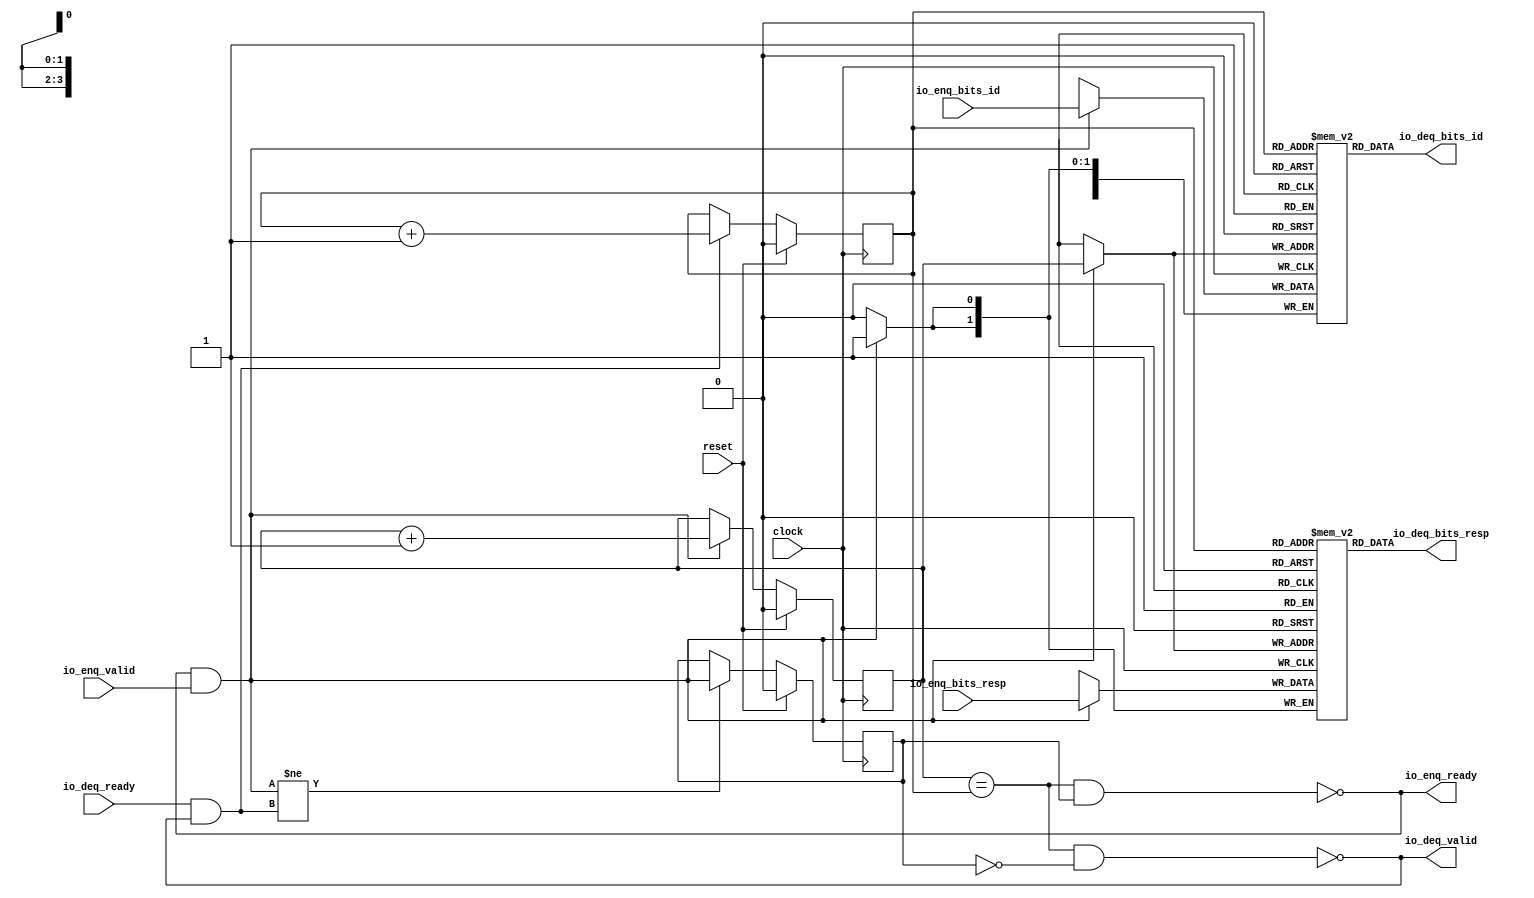
// Copyright (c) 2017, Microsemi Corporation
// All rights reserved.
//
// Redistribution and use in source and binary forms, with or without
// modification, are permitted provided that the following conditions are met:
//     * Redistributions of source code must retain the above copyright
//       notice, this list of conditions and the following disclaimer.
//     * Redistributions in binary form must reproduce the above copyright
//       notice, this list of conditions and the following disclaimer in the
//       documentation and/or other materials provided with the distribution.
//     * Neither the name of the <organization> nor the
//       names of its contributors may be used to endorse or promote products
//       derived from this software without specific prior written permission.
//
// THIS SOFTWARE IS PROVIDED BY THE COPYRIGHT HOLDERS AND CONTRIBUTORS "AS IS" AND
// ANY EXPRESS OR IMPLIED WARRANTIES, INCLUDING, BUT NOT LIMITED TO, THE IMPLIED
// WARRANTIES OF MERCHANTABILITY AND FITNESS FOR A PARTICULAR PURPOSE ARE
// DISCLAIMED. IN NO EVENT SHALL MICROSEMI CORPORATIONM BE LIABLE FOR ANY
// DIRECT, INDIRECT, INCIDENTAL, SPECIAL, EXEMPLARY, OR CONSEQUENTIAL DAMAGES
// (INCLUDING, BUT NOT LIMITED TO, PROCUREMENT OF SUBSTITUTE GOODS OR SERVICES;
// LOSS OF USE, DATA, OR PROFITS; OR BUSINESS INTERRUPTION) HOWEVER CAUSED AND
// ON ANY THEORY OF LIABILITY, WHETHER IN CONTRACT, STRICT LIABILITY, OR TORT
// (INCLUDING NEGLIGENCE OR OTHERWISE) ARISING IN ANY WAY OUT OF THE USE OF THIS
// SOFTWARE, EVEN IF ADVISED OF THE POSSIBILITY OF SUCH DAMAGE.
//
// APACHE LICENSE
// Copyright (c) 2017, Microsemi Corporation 
//
// Licensed under the Apache License, Version 2.0 (the "License");
// you may not use this file except in compliance with the License.
// You may obtain a copy of the License at
//
//    http://www.apache.org/licenses/LICENSE-2.0
//
// Unless required by applicable law or agreed to in writing, software
// distributed under the License is distributed on an "AS IS" BASIS,
// WITHOUT WARRANTIES OR CONDITIONS OF ANY KIND, either express or implied.
// See the License for the specific language governing permissions and
// limitations under the License.
//
// Description:
//
// SVN Revision Information:
// SVN $Revision: $
// SVN $Date: $
//
// Resolved SARs
// SAR      Date     Who   Description
//
// Notes:
//
// ****************************************************************************/
`ifndef RANDOMIZE_REG_INIT 
	 `define RANDOMIZE_REG_INIT 
 `endif
`ifndef RANDOMIZE_MEM_INIT 
	 `define RANDOMIZE_MEM_INIT 
 `endif
`ifndef RANDOMIZE 
	 `define RANDOMIZE 
`endif

`timescale 1ns/10ps
module MiV_AXI_MiV_AXI_0_MIV_RV32IMA_L1_AXI_QUEUE_30( // @[:freechips.rocketchip.system.MivRV32ImaL1AhbConfig.fir@113674.2]
  input        clock, // @[:freechips.rocketchip.system.MivRV32ImaL1AhbConfig.fir@113675.4]
  input        reset, // @[:freechips.rocketchip.system.MivRV32ImaL1AhbConfig.fir@113676.4]
  output       io_enq_ready, // @[:freechips.rocketchip.system.MivRV32ImaL1AhbConfig.fir@113677.4]
  input        io_enq_valid, // @[:freechips.rocketchip.system.MivRV32ImaL1AhbConfig.fir@113677.4]
  input  [3:0] io_enq_bits_id, // @[:freechips.rocketchip.system.MivRV32ImaL1AhbConfig.fir@113677.4]
  input  [1:0] io_enq_bits_resp, // @[:freechips.rocketchip.system.MivRV32ImaL1AhbConfig.fir@113677.4]
  input        io_deq_ready, // @[:freechips.rocketchip.system.MivRV32ImaL1AhbConfig.fir@113677.4]
  output       io_deq_valid, // @[:freechips.rocketchip.system.MivRV32ImaL1AhbConfig.fir@113677.4]
  output [3:0] io_deq_bits_id, // @[:freechips.rocketchip.system.MivRV32ImaL1AhbConfig.fir@113677.4]
  output [1:0] io_deq_bits_resp // @[:freechips.rocketchip.system.MivRV32ImaL1AhbConfig.fir@113677.4]
);
  reg [3:0] ram_id [0:1] /* synthesis syn_ramstyle = "registers" */; // @[Decoupled.scala 211:24:freechips.rocketchip.system.MivRV32ImaL1AhbConfig.fir@113679.4]
  reg [31:0] _RAND_0;
  wire [3:0] ram_id__T_50_data; // @[Decoupled.scala 211:24:freechips.rocketchip.system.MivRV32ImaL1AhbConfig.fir@113679.4]
  wire  ram_id__T_50_addr; // @[Decoupled.scala 211:24:freechips.rocketchip.system.MivRV32ImaL1AhbConfig.fir@113679.4]
  wire [3:0] ram_id__T_36_data; // @[Decoupled.scala 211:24:freechips.rocketchip.system.MivRV32ImaL1AhbConfig.fir@113679.4]
  wire  ram_id__T_36_addr; // @[Decoupled.scala 211:24:freechips.rocketchip.system.MivRV32ImaL1AhbConfig.fir@113679.4]
  wire  ram_id__T_36_mask; // @[Decoupled.scala 211:24:freechips.rocketchip.system.MivRV32ImaL1AhbConfig.fir@113679.4]
  wire  ram_id__T_36_en; // @[Decoupled.scala 211:24:freechips.rocketchip.system.MivRV32ImaL1AhbConfig.fir@113679.4]
  reg [1:0] ram_resp [0:1] /* synthesis syn_ramstyle = "registers" */; // @[Decoupled.scala 211:24:freechips.rocketchip.system.MivRV32ImaL1AhbConfig.fir@113679.4]
  reg [31:0] _RAND_1;
  wire [1:0] ram_resp__T_50_data; // @[Decoupled.scala 211:24:freechips.rocketchip.system.MivRV32ImaL1AhbConfig.fir@113679.4]
  wire  ram_resp__T_50_addr; // @[Decoupled.scala 211:24:freechips.rocketchip.system.MivRV32ImaL1AhbConfig.fir@113679.4]
  wire [1:0] ram_resp__T_36_data; // @[Decoupled.scala 211:24:freechips.rocketchip.system.MivRV32ImaL1AhbConfig.fir@113679.4]
  wire  ram_resp__T_36_addr; // @[Decoupled.scala 211:24:freechips.rocketchip.system.MivRV32ImaL1AhbConfig.fir@113679.4]
  wire  ram_resp__T_36_mask; // @[Decoupled.scala 211:24:freechips.rocketchip.system.MivRV32ImaL1AhbConfig.fir@113679.4]
  wire  ram_resp__T_36_en; // @[Decoupled.scala 211:24:freechips.rocketchip.system.MivRV32ImaL1AhbConfig.fir@113679.4]
  reg  value; // @[Counter.scala 26:33:freechips.rocketchip.system.MivRV32ImaL1AhbConfig.fir@113680.4]
  reg [31:0] _RAND_2;
  reg  value_1; // @[Counter.scala 26:33:freechips.rocketchip.system.MivRV32ImaL1AhbConfig.fir@113681.4]
  reg [31:0] _RAND_3;
  reg  maybe_full; // @[Decoupled.scala 214:35:freechips.rocketchip.system.MivRV32ImaL1AhbConfig.fir@113682.4]
  reg [31:0] _RAND_4;
  wire  _T_28; // @[Decoupled.scala 216:41:freechips.rocketchip.system.MivRV32ImaL1AhbConfig.fir@113683.4]
  wire  _T_30; // @[Decoupled.scala 217:36:freechips.rocketchip.system.MivRV32ImaL1AhbConfig.fir@113684.4]
  wire  empty; // @[Decoupled.scala 217:33:freechips.rocketchip.system.MivRV32ImaL1AhbConfig.fir@113685.4]
  wire  _T_31; // @[Decoupled.scala 218:32:freechips.rocketchip.system.MivRV32ImaL1AhbConfig.fir@113686.4]
  wire  do_enq; // @[Decoupled.scala 30:37:freechips.rocketchip.system.MivRV32ImaL1AhbConfig.fir@113687.4]
  wire  do_deq; // @[Decoupled.scala 30:37:freechips.rocketchip.system.MivRV32ImaL1AhbConfig.fir@113690.4]
  wire [1:0] _T_39; // @[Counter.scala 35:22:freechips.rocketchip.system.MivRV32ImaL1AhbConfig.fir@113698.6]
  wire  _T_40; // @[Counter.scala 35:22:freechips.rocketchip.system.MivRV32ImaL1AhbConfig.fir@113699.6]
  wire  _GEN_5; // @[Decoupled.scala 222:17:freechips.rocketchip.system.MivRV32ImaL1AhbConfig.fir@113693.4]
  wire [1:0] _T_43; // @[Counter.scala 35:22:freechips.rocketchip.system.MivRV32ImaL1AhbConfig.fir@113704.6]
  wire  _T_44; // @[Counter.scala 35:22:freechips.rocketchip.system.MivRV32ImaL1AhbConfig.fir@113705.6]
  wire  _GEN_6; // @[Decoupled.scala 226:17:freechips.rocketchip.system.MivRV32ImaL1AhbConfig.fir@113702.4]
  wire  _T_45; // @[Decoupled.scala 229:16:freechips.rocketchip.system.MivRV32ImaL1AhbConfig.fir@113708.4]
  wire  _GEN_7; // @[Decoupled.scala 229:27:freechips.rocketchip.system.MivRV32ImaL1AhbConfig.fir@113709.4]
  wire  _T_47; // @[Decoupled.scala 233:19:freechips.rocketchip.system.MivRV32ImaL1AhbConfig.fir@113712.4]
  wire  _T_49; // @[Decoupled.scala 234:19:freechips.rocketchip.system.MivRV32ImaL1AhbConfig.fir@113714.4]
  assign ram_id__T_50_addr = value_1;
  assign ram_id__T_50_data = ram_id[ram_id__T_50_addr]; // @[Decoupled.scala 211:24:freechips.rocketchip.system.MivRV32ImaL1AhbConfig.fir@113679.4]
  assign ram_id__T_36_data = io_enq_bits_id;
  assign ram_id__T_36_addr = value;
  assign ram_id__T_36_mask = do_enq;
  assign ram_id__T_36_en = do_enq;
  assign ram_resp__T_50_addr = value_1;
  assign ram_resp__T_50_data = ram_resp[ram_resp__T_50_addr]; // @[Decoupled.scala 211:24:freechips.rocketchip.system.MivRV32ImaL1AhbConfig.fir@113679.4]
  assign ram_resp__T_36_data = io_enq_bits_resp;
  assign ram_resp__T_36_addr = value;
  assign ram_resp__T_36_mask = do_enq;
  assign ram_resp__T_36_en = do_enq;
  assign _T_28 = value == value_1; // @[Decoupled.scala 216:41:freechips.rocketchip.system.MivRV32ImaL1AhbConfig.fir@113683.4]
  assign _T_30 = maybe_full == 1'h0; // @[Decoupled.scala 217:36:freechips.rocketchip.system.MivRV32ImaL1AhbConfig.fir@113684.4]
  assign empty = _T_28 & _T_30; // @[Decoupled.scala 217:33:freechips.rocketchip.system.MivRV32ImaL1AhbConfig.fir@113685.4]
  assign _T_31 = _T_28 & maybe_full; // @[Decoupled.scala 218:32:freechips.rocketchip.system.MivRV32ImaL1AhbConfig.fir@113686.4]
  assign do_enq = io_enq_ready & io_enq_valid; // @[Decoupled.scala 30:37:freechips.rocketchip.system.MivRV32ImaL1AhbConfig.fir@113687.4]
  assign do_deq = io_deq_ready & io_deq_valid; // @[Decoupled.scala 30:37:freechips.rocketchip.system.MivRV32ImaL1AhbConfig.fir@113690.4]
  assign _T_39 = value + 1'h1; // @[Counter.scala 35:22:freechips.rocketchip.system.MivRV32ImaL1AhbConfig.fir@113698.6]
  assign _T_40 = _T_39[0:0]; // @[Counter.scala 35:22:freechips.rocketchip.system.MivRV32ImaL1AhbConfig.fir@113699.6]
  assign _GEN_5 = do_enq ? _T_40 : value; // @[Decoupled.scala 222:17:freechips.rocketchip.system.MivRV32ImaL1AhbConfig.fir@113693.4]
  assign _T_43 = value_1 + 1'h1; // @[Counter.scala 35:22:freechips.rocketchip.system.MivRV32ImaL1AhbConfig.fir@113704.6]
  assign _T_44 = _T_43[0:0]; // @[Counter.scala 35:22:freechips.rocketchip.system.MivRV32ImaL1AhbConfig.fir@113705.6]
  assign _GEN_6 = do_deq ? _T_44 : value_1; // @[Decoupled.scala 226:17:freechips.rocketchip.system.MivRV32ImaL1AhbConfig.fir@113702.4]
  assign _T_45 = do_enq != do_deq; // @[Decoupled.scala 229:16:freechips.rocketchip.system.MivRV32ImaL1AhbConfig.fir@113708.4]
  assign _GEN_7 = _T_45 ? do_enq : maybe_full; // @[Decoupled.scala 229:27:freechips.rocketchip.system.MivRV32ImaL1AhbConfig.fir@113709.4]
  assign _T_47 = empty == 1'h0; // @[Decoupled.scala 233:19:freechips.rocketchip.system.MivRV32ImaL1AhbConfig.fir@113712.4]
  assign _T_49 = _T_31 == 1'h0; // @[Decoupled.scala 234:19:freechips.rocketchip.system.MivRV32ImaL1AhbConfig.fir@113714.4]
  assign io_enq_ready = _T_49;
  assign io_deq_valid = _T_47;
  assign io_deq_bits_id = ram_id__T_50_data;
  assign io_deq_bits_resp = ram_resp__T_50_data;
`ifdef RANDOMIZE
  integer initvar;
  initial begin
    `ifndef verilator
      #0.002 begin end
    `endif
  _RAND_0 = {1{32'b0}};
  `ifdef RANDOMIZE_MEM_INIT
  for (initvar = 0; initvar < 2; initvar = initvar+1)
    ram_id[initvar] = _RAND_0[3:0];
  `endif // RANDOMIZE_MEM_INIT
  _RAND_1 = {1{32'b0}};
  `ifdef RANDOMIZE_MEM_INIT
  for (initvar = 0; initvar < 2; initvar = initvar+1)
    ram_resp[initvar] = _RAND_1[1:0];
  `endif // RANDOMIZE_MEM_INIT
  `ifdef RANDOMIZE_REG_INIT
  _RAND_2 = {1{32'b0}};
  value = _RAND_2[0:0];
  `endif // RANDOMIZE_REG_INIT
  `ifdef RANDOMIZE_REG_INIT
  _RAND_3 = {1{32'b0}};
  value_1 = _RAND_3[0:0];
  `endif // RANDOMIZE_REG_INIT
  `ifdef RANDOMIZE_REG_INIT
  _RAND_4 = {1{32'b0}};
  maybe_full = _RAND_4[0:0];
  `endif // RANDOMIZE_REG_INIT
  end
`endif // RANDOMIZE
  always @(posedge clock) begin
    if(ram_id__T_36_en & ram_id__T_36_mask) begin
      ram_id[ram_id__T_36_addr] <= ram_id__T_36_data; // @[Decoupled.scala 211:24:freechips.rocketchip.system.MivRV32ImaL1AhbConfig.fir@113679.4]
    end
    if(ram_resp__T_36_en & ram_resp__T_36_mask) begin
      ram_resp[ram_resp__T_36_addr] <= ram_resp__T_36_data; // @[Decoupled.scala 211:24:freechips.rocketchip.system.MivRV32ImaL1AhbConfig.fir@113679.4]
    end
    if (reset) begin
      value <= 1'h0;
    end else begin
      if (do_enq) begin
        value <= _T_40;
      end
    end
    if (reset) begin
      value_1 <= 1'h0;
    end else begin
      if (do_deq) begin
        value_1 <= _T_44;
      end
    end
    if (reset) begin
      maybe_full <= 1'h0;
    end else begin
      if (_T_45) begin
        maybe_full <= do_enq;
      end
    end
  end
endmodule